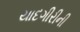
યાદગીરીની